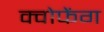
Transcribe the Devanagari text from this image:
क्वोफेंग